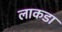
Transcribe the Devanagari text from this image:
लाकडा